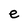
Character: e